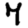
Digit: 7